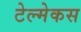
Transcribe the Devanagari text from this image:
टेल्मेकस